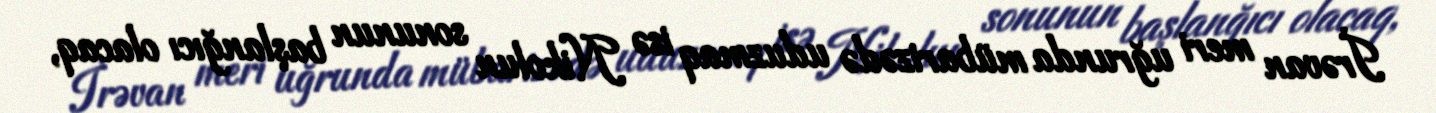
İrəvan meri uğrunda mübarizədə uduzmaq isə Nikolun sonunun başlanğıcı olacaq,